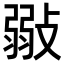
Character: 𢾲